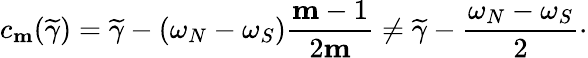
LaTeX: c_{\mathbf{m}}(\widetilde{\gamma})=\widetilde{\gamma}-(\omega_{N}-\omega_{S})\frac{\mathbf{m}-1}{2\mathbf{m}}\neq\widetilde{\gamma}-\frac{\omega_{N}-\omega_{S}}{2}\cdot